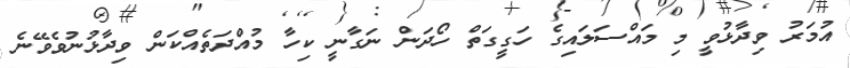
އުމަރު ވިދާޅުވީ މި މައްސަލައިގެ ހަގީގަތް ހޯދަން ނަގާނީ ކިހާ މުއްދަތެއްކަން ވިދާޅުނުވެވޭނެ